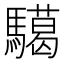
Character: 𩦞